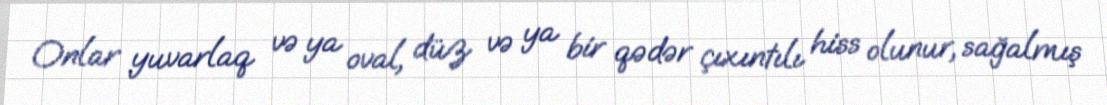
Onlar yuvarlaq və ya oval, düz və ya bir qədər çıxıntılı hiss olunur, sağalmış